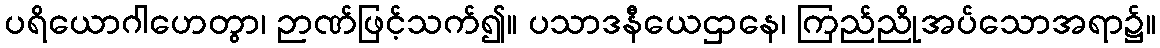
ပရိယောဂါဟေတွာ၊ ဉာဏ်ဖြင့်သက်၍။ ပသာဒနီယေဌာနေ၊ ကြည်ညိုအပ်သောအရာ၌။